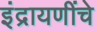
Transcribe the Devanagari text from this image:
इंद्रायणींचे